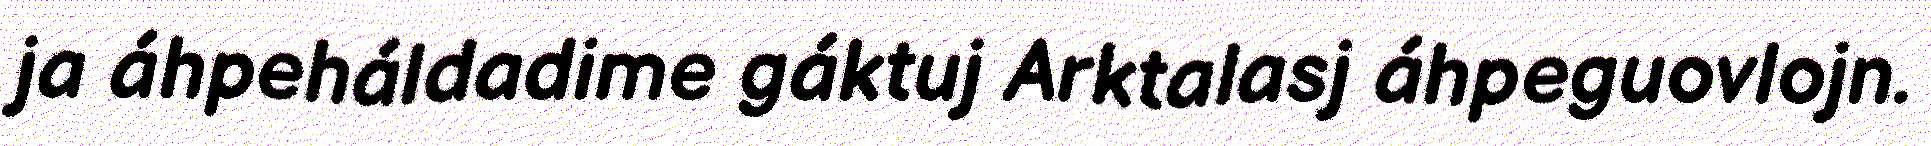
ja áhpeháldadime gáktuj Arktalasj áhpeguovlojn.